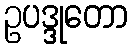
ဥပဒ္ဒုတော